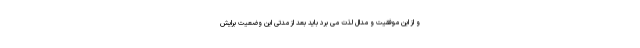
و از این موفقیت و مدال لذت می برد باید بعد از مدتی این وضعیت برایش